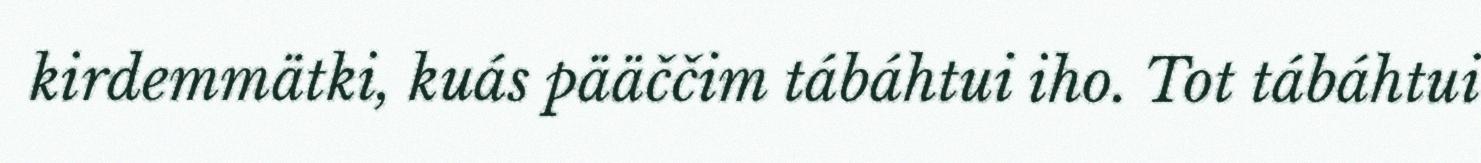
kirdemmätki, kuás pääččim tábáhtui iho. Tot tábáhtui